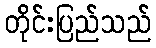
တိုင်းပြည်သည်